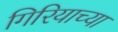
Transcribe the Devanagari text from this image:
गिरियाच्या